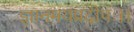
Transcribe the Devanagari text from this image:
ज्ञानमयप्रदीपः।।